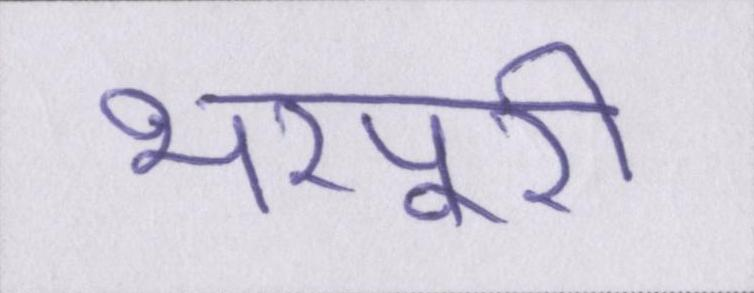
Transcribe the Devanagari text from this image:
भरपूरी